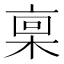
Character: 𪲪